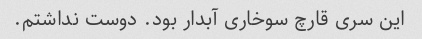
این سری قارچ سوخاری آبدار بود. دوست نداشتم.